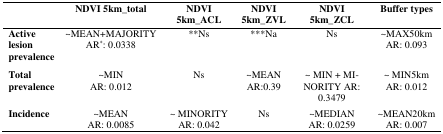
|  | NDVI 5km_total | NDVI 5km_ACL | NDVI 5km_ZVL | NDVI 5km_ZCL | Buffer types |
 | --- | --- | --- | --- | --- | --- |
 | Active lesion prevalence | ∼MEAN+MAJORITY AR*: 0.0338 | **Ns | ***Na | Ns | ∼MAX50km AR: 0.093 |
 | Total prevalence | ∼MIN AR: 0.012 | Ns | ∼MEAN AR:0.39 | ∼ MIN + MINORITY AR: 0.3479 | ∼ MIN5km AR: 0.012 |
 | Incidence | ∼MEAN AR: 0.0085 | ∼ MINORITY AR: 0.042 | Ns | ∼MEDIAN AR: 0.0259 | ∼MEAN20km AR: 0.007 |